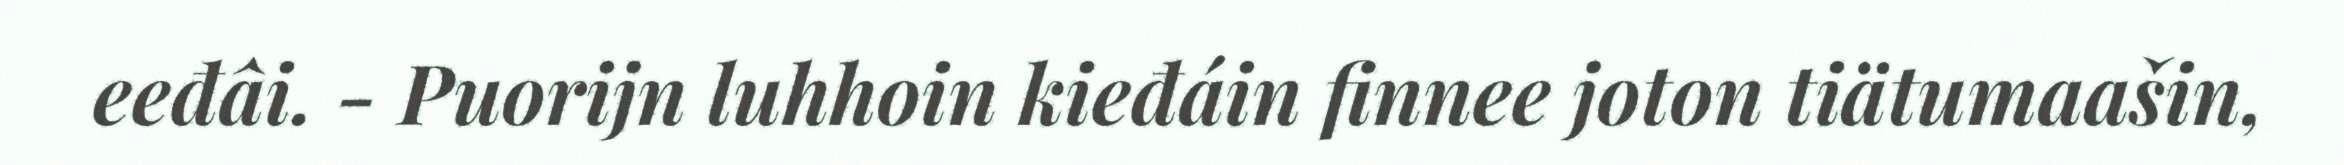
eeđâi. - Puorijn luhhoin kieđáin finnee joton tiätumaašin,